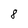
Character: 8